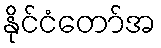
နိုင်ငံတော်အ